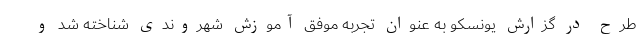
طرح در گزارش یونسکو به عنوان تجربه موفق آموزش شهروندى شناخته شد و